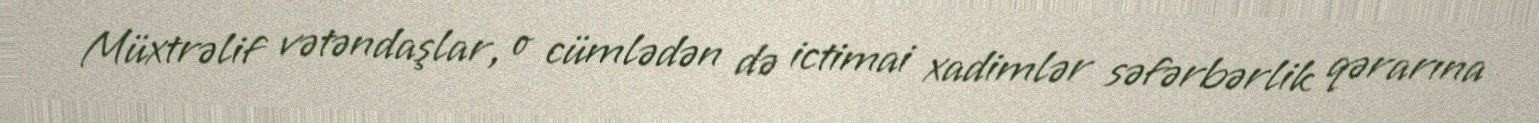
Müxtrəlif vətəndaşlar, o cümlədən də ictimai xadimlər səfərbərlik qərarına